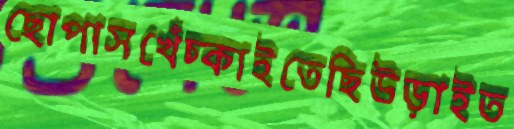
ছোপাসখেঁচ্‌কাইতেছিউড়াইত